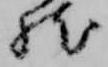
然